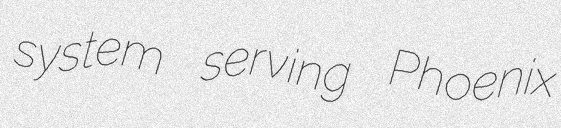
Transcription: system serving Phoenix